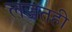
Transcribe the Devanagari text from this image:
लज्जतही